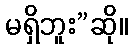
မရှိဘူး”ဆို။